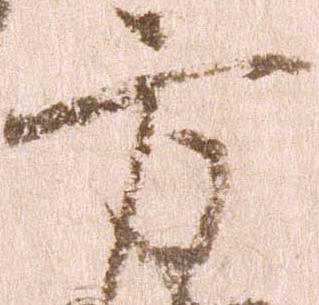
方